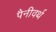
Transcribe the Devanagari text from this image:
पैनीवर्थ